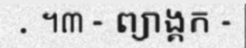
. ។៣ - ព្យាង្គក -